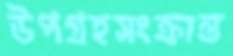
উপগ্রহসংক্রান্ত